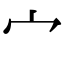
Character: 宀